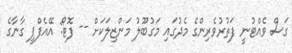
ގަސް ވެއްޓުނީ ފަތުރުވެރިންގެ މެދުގައި މަގުބޫލު މަންޒިލަކަށް -- ފޮޓޯ: އޭއެފްޕީ ގާނާގެ